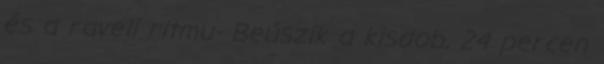
és a raveli ritmu- Beúszik a kisdob, 24 percen